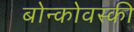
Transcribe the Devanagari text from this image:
बोन्कोवस्की